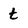
Character: t